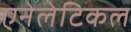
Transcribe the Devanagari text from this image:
एनेलेटिकल